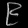
Digit: ၉